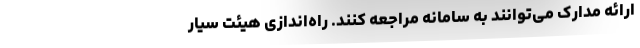
ارائه مدارک می‌توانند به سامانه مراجعه کنند. راه‌اندازی هیئت سیار